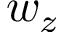
w _ { z }